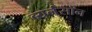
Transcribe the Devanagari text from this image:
ब्यर्नसॉन